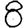
Digit: 8